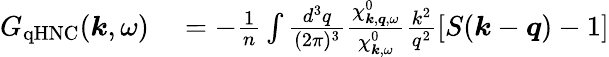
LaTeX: \begin{array}{rl}{G_{\mathrm{qHNC}}(\boldsymbol{k},\omega)}&{{}=-\frac{1}{n}\int\frac{d^{3}q}{(2\pi)^{3}}\frac{\chi_{\boldsymbol{k},\boldsymbol{q},\omega}^{0}}{\chi_{\boldsymbol{k},\omega}^{0}}\frac{k^{2}}{q^{2}}\left[S(\boldsymbol{k}-\boldsymbol{q})-1\right]}\end{array}